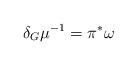
LaTeX: \begin{align*} \delta_G \mu^{-1} = \pi^*\omega \end{align*}